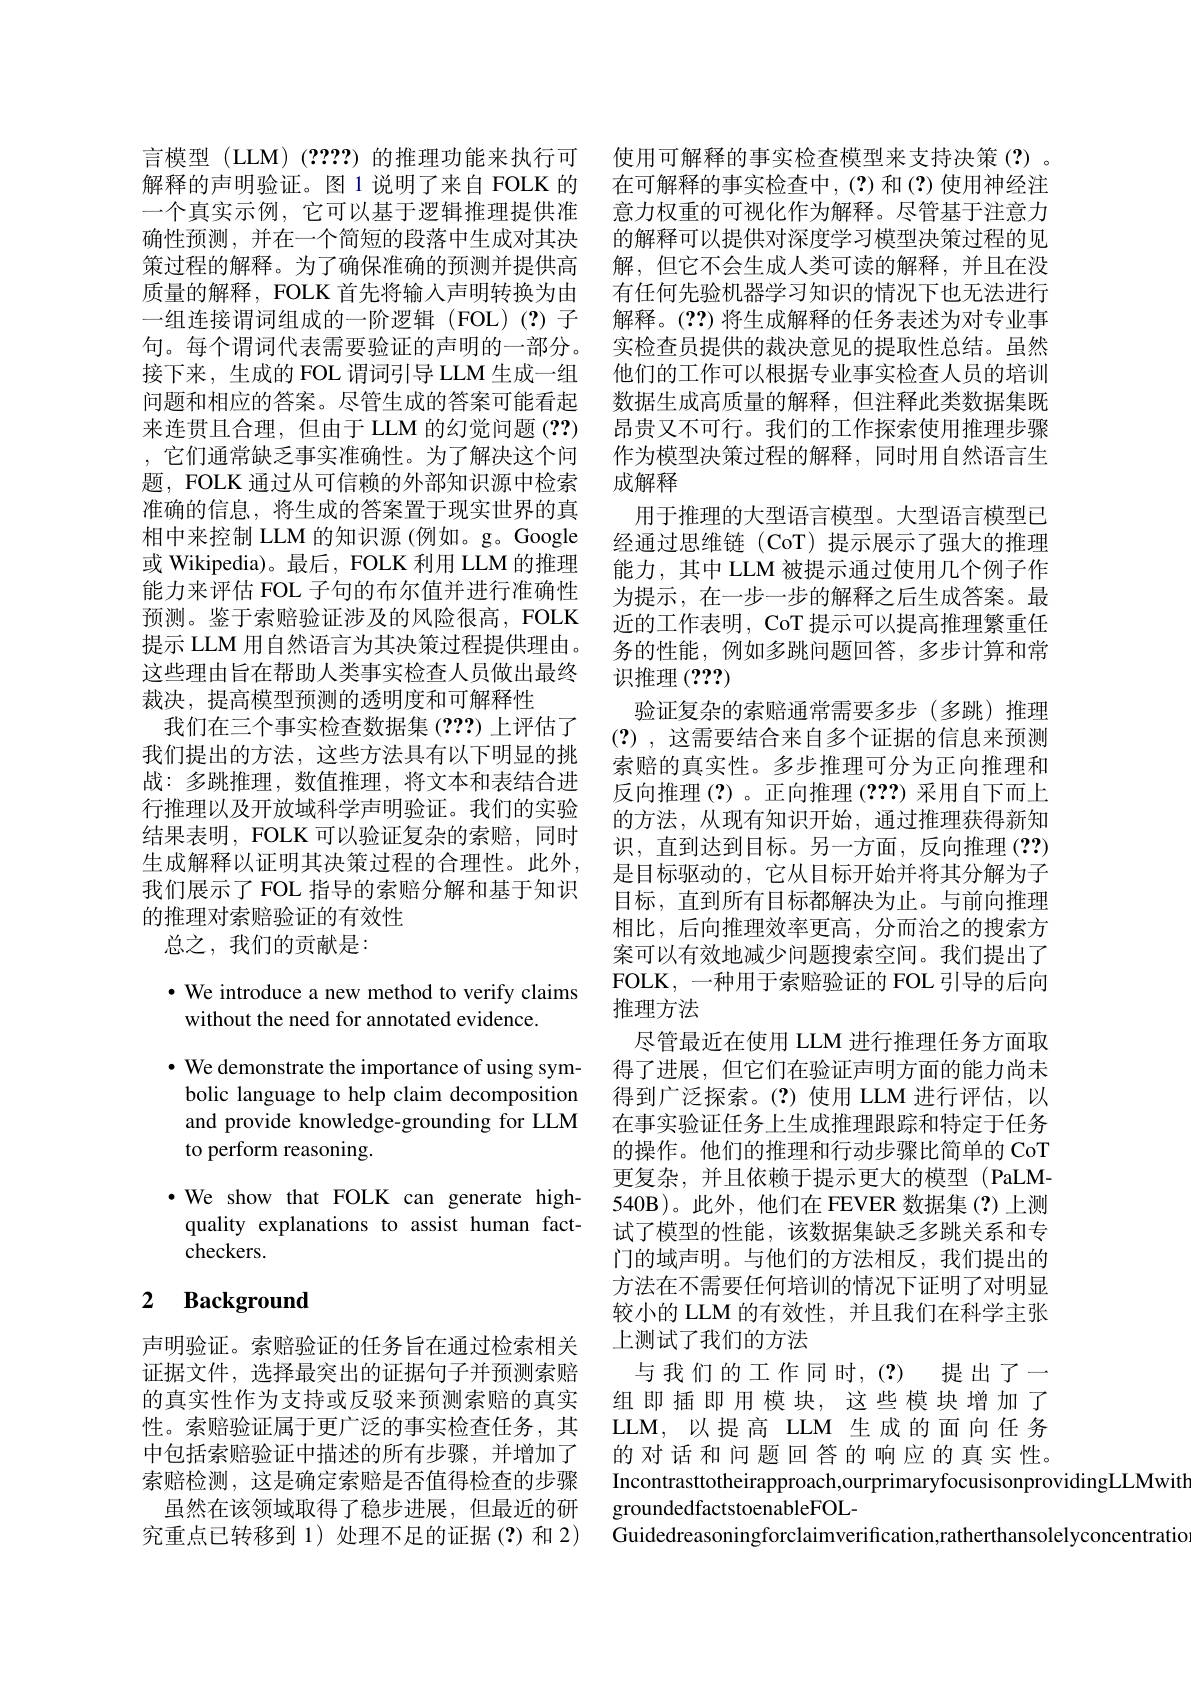
言模型 (LLM) (????) 的推理功能来执行可 使用可解释的事实检查模型来支持决策 (?)。解释的声明验证。图 1 说明了来自 FOLK 的 在可解释的事实检查中，(?)和(?)使用神经注一个真实示例，它可以基于逻辑推理提供准 意力权重的可视化作为解释。尽管基于注意力确性预测，并在一个简短的段落中生成对其决策过程的解释。为了确保准确的预测并提供高质量的解释，FOLK 首先将输入声明转换为由一组连接谓词组成的一阶逻辑(FOL)(?)子句。每个谓词代表需要验证的声明的一部分。接下来，生成的 FOL 谓词引导 LLM 生成一组问题和相应的答案。尽管生成的答案可能看起来连贯且合理，但由于 LLM 的幻觉问题 (??) ,它们通常缺乏事实准确性。为了解决这个问题，FOLK 通过从可信赖的外部知识源中检索准确的信息，将生成的答案置于现实世界的真相中来控制 LLM 的知识源 (例如。g。Google 或 Wikipedia)。最后，FOLK 利用 LLM 的推理能力来评估 FOL 子句的布尔值并进行准确性预测。鉴于索赔验证涉及的风险很高，FOLK 提示 LLM 用自然语言为其决策过程提供理由。这些理由旨在帮助人类事实检查人员做出最终裁决，提高模型预测的透明度和可解释性
我们在三个事实检查数据集(???)上评估了我们提出的方法，这些方法具有以下明显的挑战：多跳推理，数值推理，将文本和表结合进行推理以及开放域科学声明验证。我们的实验结果表明，FOLK 可以验证复杂的索赔，同时生成解释以证明其决策过程的合理性。此外， 我们展示了 FOL 指导的索赔分解和基于知识的推理对索赔验证的有效性
总之，我们的贡献是：

$\bullet$ We introduce a new method to verify claims
without the need for annotated evidence.

$\bullet$ We demonstrate the importance of using symbolic language to help claim decomposition and provide knowledge-grounding for LLM to perform reasoning.

·We show that FOLK can generate high-
quality explanations to assist human fact-
checkers.

# 2 $\textbf{Background}$

声明验证。索赔验证的任务旨在通过检索相关证据文件，选择最突出的证据句子并预测索赔的真实性作为支持或反驳来预测索赔的真实性。索赔验证属于更广泛的事实检查任务，其中包括索赔验证中描述的所有步骤，并增加了索赔检测，这是确定索赔是否值得检查的步骤
虽然在该领域取得了稳步进展，但最近的研究重点已转移到 1)处理不足的证据(?)和 2)

的解释可以提供对深度学习模型决策过程的见解，但它不会生成人类可读的解释，并且在没有任何先验机器学习知识的情况下也无法进行解释。(??) 将生成解释的任务表述为对专业事实检查员提供的裁决意见的提取性总结。虽然他们的工作可以根据专业事实检查人员的培训数据生成高质量的解释，但注释此类数据集既昂贵又不可行。我们的工作探索使用推理步骤作为模型决策过程的解释，同时用自然语言生成解释
用于推理的大型语言模型。大型语言模型已经通过思维链(CoT)提示展示了强大的推理能力，其中 LLM 被提示通过使用几个例子作为提示，在一步一步的解释之后生成答案。最近的工作表明，CoT 提示可以提高推理繁重任务的性能，例如多跳问题回答，多步计算和常识推理(???)
验证复杂的索赔通常需要多步(多跳)推理(?) , 这需要结合来自多个证据的信息来预测索赔的真实性。多步推理可分为正向推理和反向推理(?)。正向推理 (???) 采用自下而上的方法，从现有知识开始，通过推理获得新知识，直到达到目标。另一方面，反向推理(??) 是目标驱动的，它从目标开始并将其分解为子目标，直到所有目标都解决为止。与前向推理相比，后向推理效率更高，分而治之的搜索方案可以有效地减少问题搜索空间。我们提出了FOLK, 一种用于索赔验证的 FOL 引导的后向推理方法
尽管最近在使用 LLM 进行推理任务方面取得了进展，但它们在验证声明方面的能力尚未得到广泛探索。(?)使用 LLM 进行评估，以在事实验证任务上生成推理跟踪和特定于任务的操作。他们的推理和行动步骤比简单的 CoT 更复杂，并且依赖于提示更大的模型(PaLM- 540B)。此外，他们在 FEVER 数据集(?)上测试了模型的性能，该数据集缺乏多跳关系和专门的域声明。与他们的方法相反，我们提出的方法在不需要任何培训的情况下证明了对明显较小的 LLM 的有效性，并且我们在科学主张上测试了我们的方法
与我们的工作同时，(?)提出了一组即插即用模块，这些模块增加了LLM,以提高 LLM 生成的面向任务的对话和问题回答的响应的真实性。Incontrasttotheirapproach,ourprimaryfocusisonprovidingLLMwith
groundedfactstoenableFOL-
Guidedreasoningforclaimverification,ratherthansolelyconcentratio